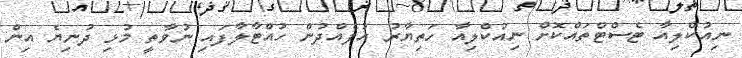
ނިއުކްލިއާ ޓެސްޓްތައްކޮށް ނިއުކްލިއާ ހަތިޔާރު އުފެއްދުން ހުއްޓާލާފައި ނުވާތީ މުޅި ދުނިޔެ އިން